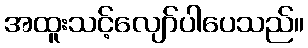
အထူးသင့်လျော်ပါပေသည်။